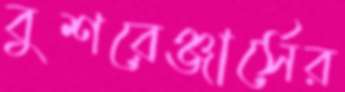
বুশরেঞ্জার্সের